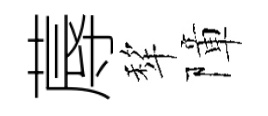
蓐犂障